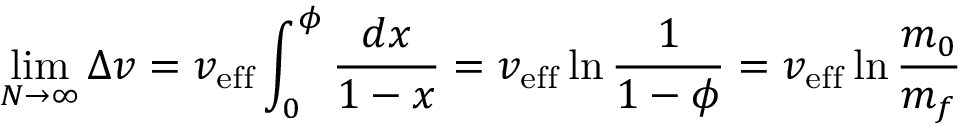
\operatorname* { l i m } _ { N \to \infty } \Delta v = v _ { \mathrm { { e f f } } } \int _ { 0 } ^ { \phi } { \frac { d x } { 1 - x } } = v _ { \mathrm { { e f f } } } \ln { \frac { 1 } { 1 - \phi } } = v _ { \mathrm { { e f f } } } \ln { \frac { m _ { 0 } } { m _ { f } } }